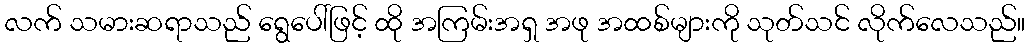
လက် သမားဆရာသည် ရွေပေါ်ဖြင့် ထို အကြမ်းအရှ အဖု အထစ်များကို သုတ်သင် လိုက်လေသည်။